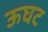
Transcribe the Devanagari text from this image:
ऊघट